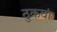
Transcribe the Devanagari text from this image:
ठुकवां